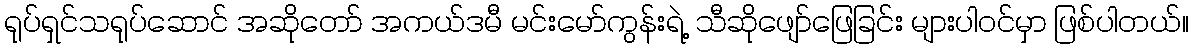
ရုပ်ရှင်သရုပ်ဆောင် အဆိုတော် အကယ်ဒမီ မင်းမော်ကွန်းရဲ့ သီဆိုဖျော်ဖြေခြင်း များပါဝင်မှာ ဖြစ်ပါတယ်။